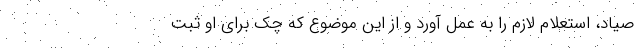
صیاد، استعلام لازم را به عمل آورد و از این موضوع که چک برای او ثبت